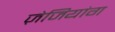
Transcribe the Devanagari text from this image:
ज़ेजियांग